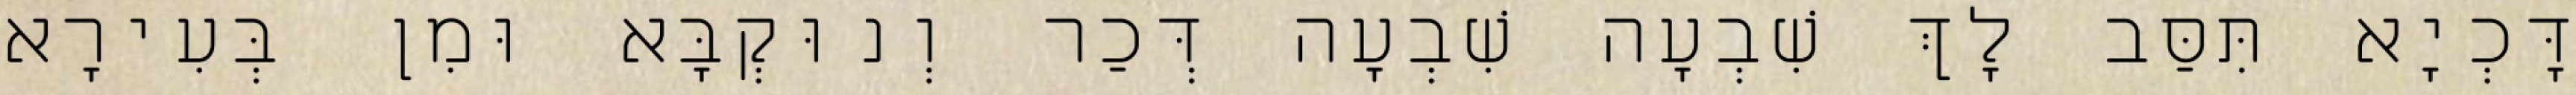
דָּכְיָא תִּסַּב לָךְ שִׁבְעָה שִׁבְעָה דְּכַר וְנוּקְבָּא וּמִן בְּעִירָא